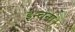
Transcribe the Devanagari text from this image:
इन्चना।